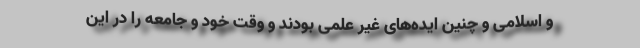
و اسلامی و چنین ایده‌های غیر علمی بودند و وقت خود و جامعه را در این